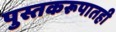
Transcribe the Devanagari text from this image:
पुस्तकरूपातही